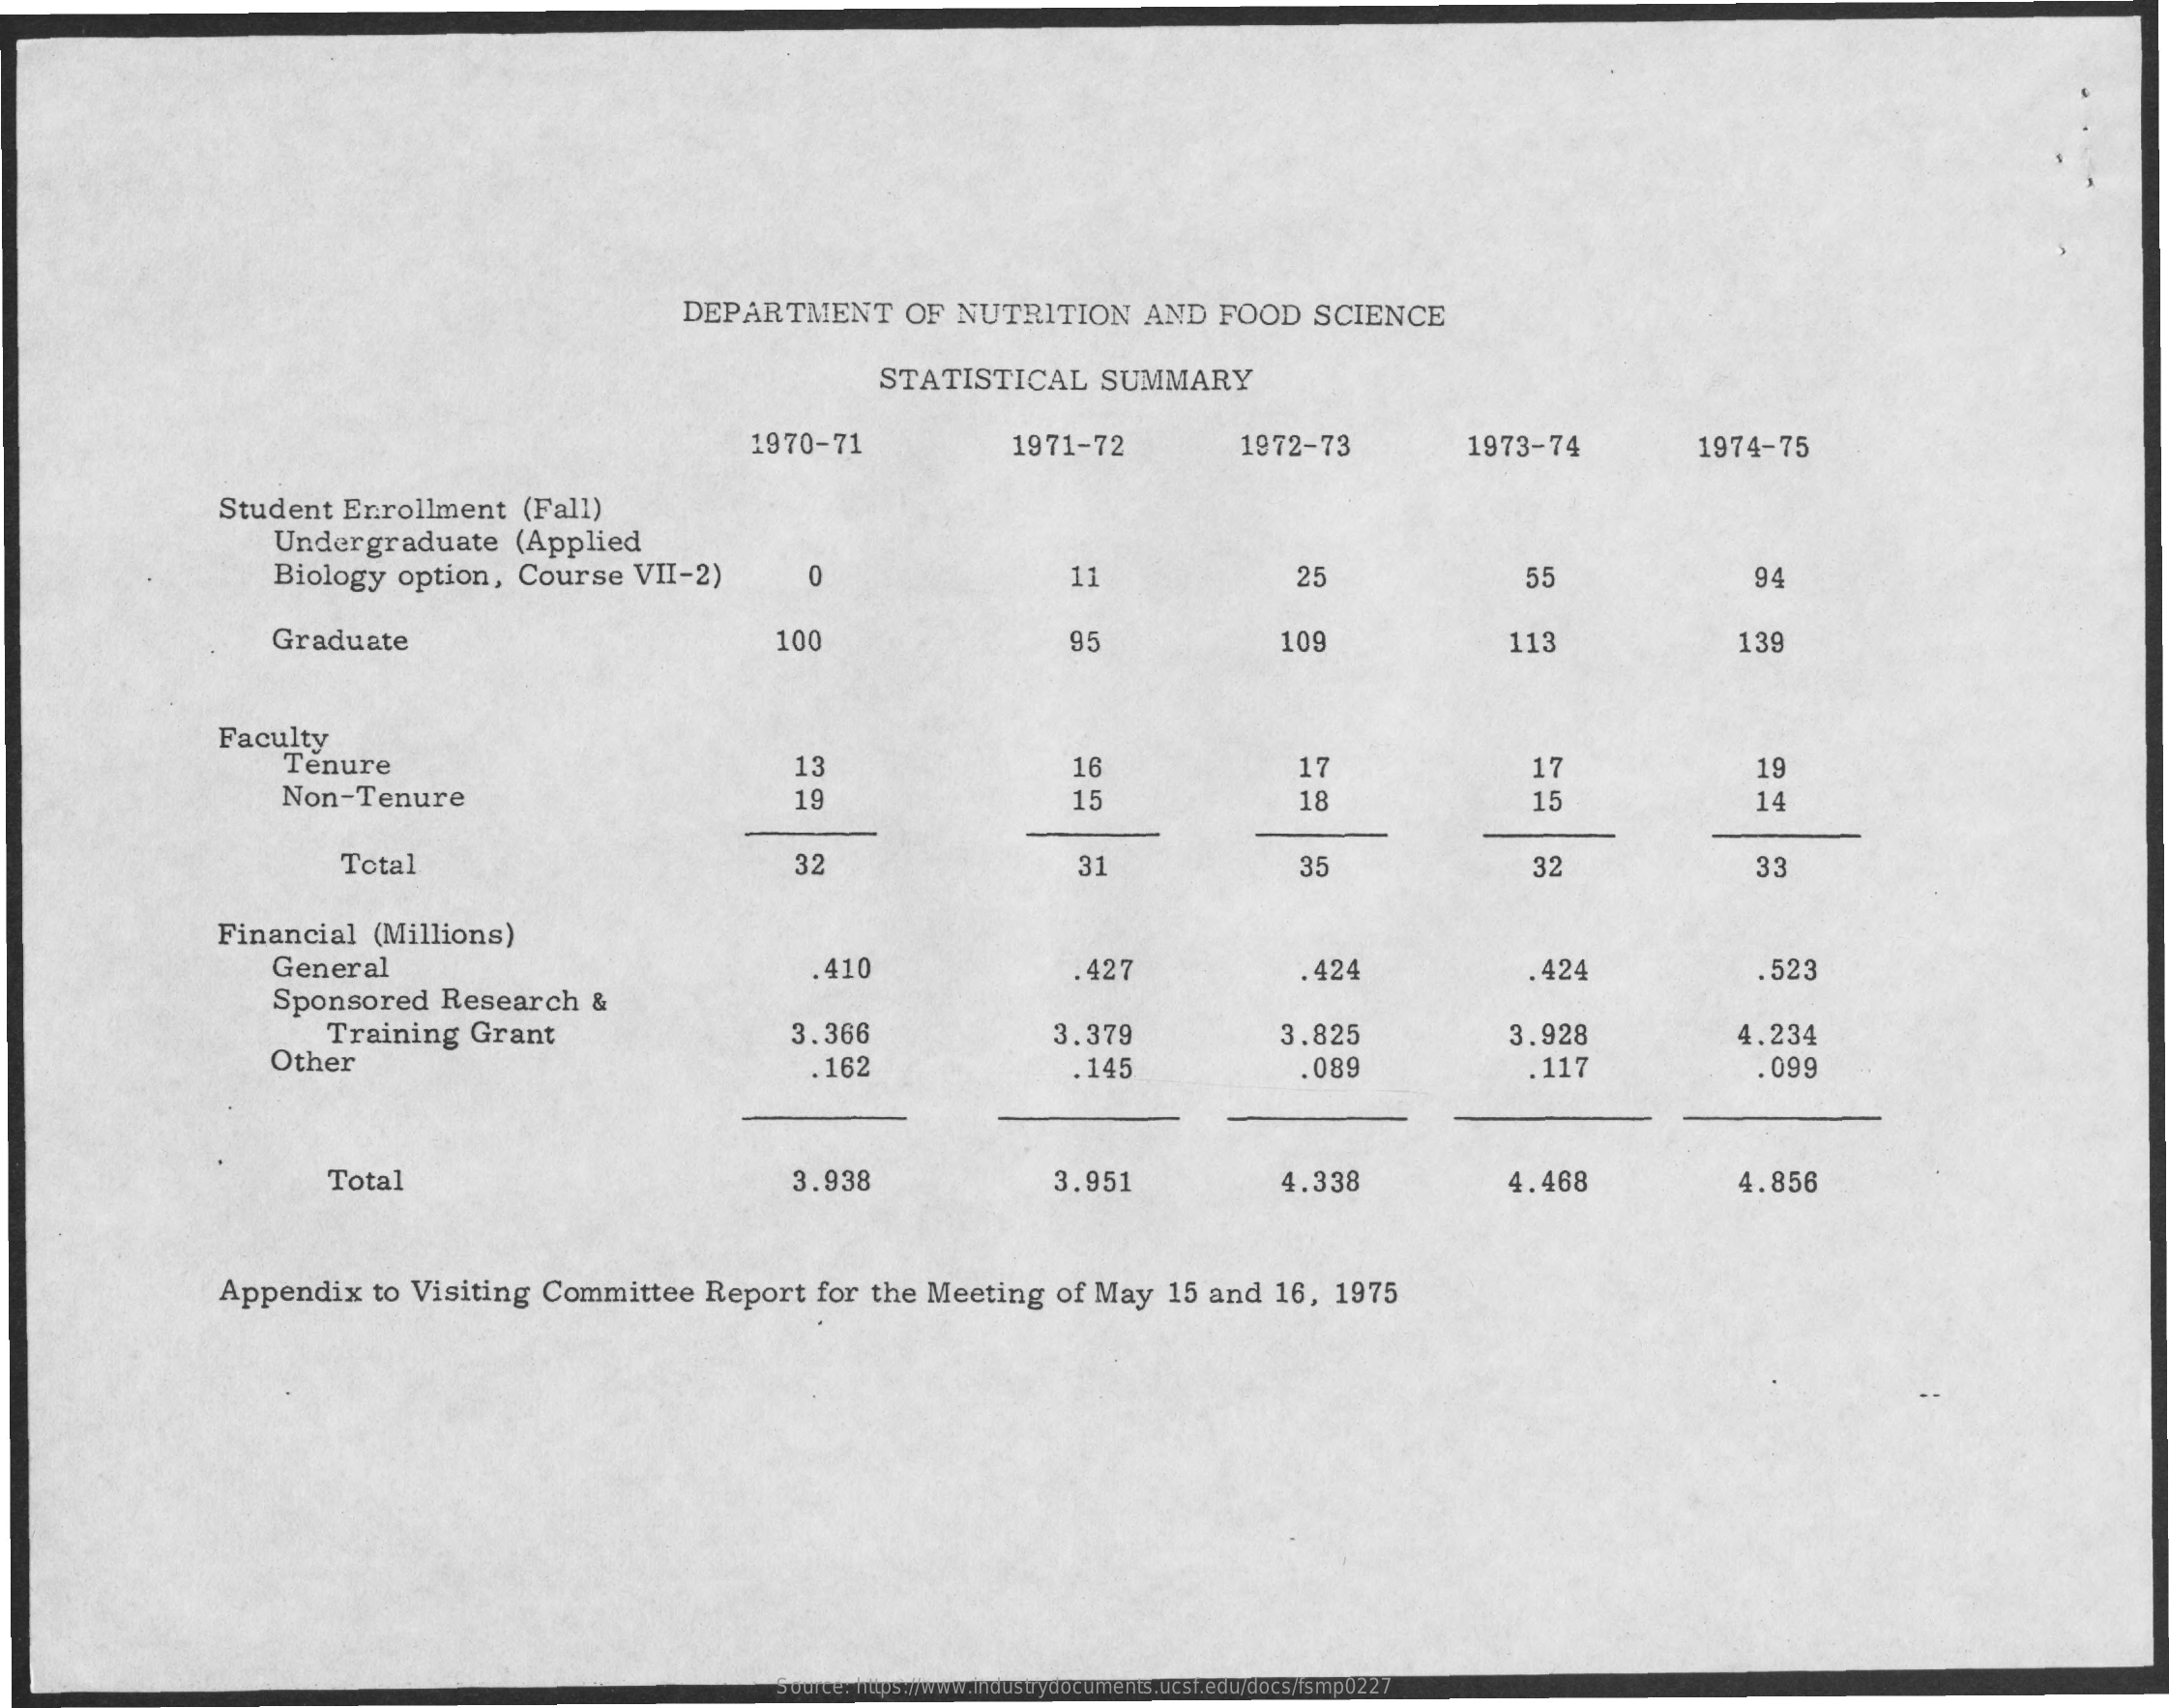
DEPARTMENT  OF NUTRITION AND FOOD SCIENCE
     STATISTICAL SUMMARY
     1970-71    1971-72    1972-73    1973-74    1974-75
     Student Enrollment (Fall)
     Undergraduate (Applied
     Biology option, Course VII-2) 0    11    25    55    94
     Graduate    100    95    109    113    139
     Faculty
     Tenure
     Non-Tenure
     13    16    17
     19    15    18
     17    19
     15    14
     Total    32    31    35    32    33
     Financial (Millions)
     General
     Sponsored Research &
     .410    427    .424    . 424    .523
     Other
     Training Grant    3.366    3.379    3.825    3.928    4.234
     . 162    .145    .089    .117    . 09
     Total    3.938    3.951    4.338    4.468    4.856
     Appendix to Visiting Committee Report for the Meeting of May 15 and 16, 1975
     Source: https://www.industrydocuments.ucsf.edu/docs/fsmp0227